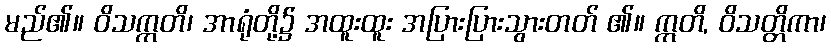
မည်၏။ ဝိသက္ကတိ၊ အာရုံတို့၌ အထူးထူး အပြားပြားသွားတတ် ၏။ ဣတိ, ဝိသတ္တိကာ၊